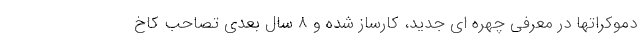
دموکراتها در معرفی چهره ای جدید، کارساز شده و 8 سال بعدی تصاحب کاخ